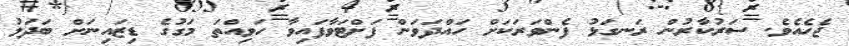
ޖެހެއެވެ. ސަރުކާރުން ރަނގަޅު ފެންވަރަކަށް ހައްދަވަން ފަށްޓަވާފައިވާ ހަވިއްތަ މަގުގެ ޑިޒައިނަށް ބަދަލު